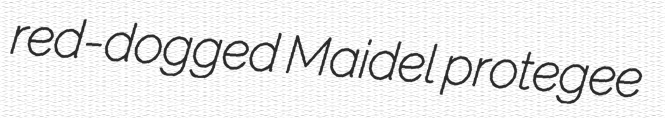
red-dogged Maidel protegee